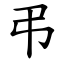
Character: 弔